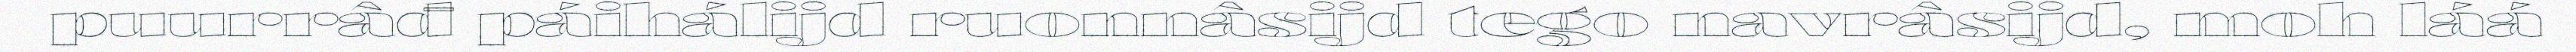
puurrâđ páihálijd ruonnâsijd tego navrâsijd, moh láá